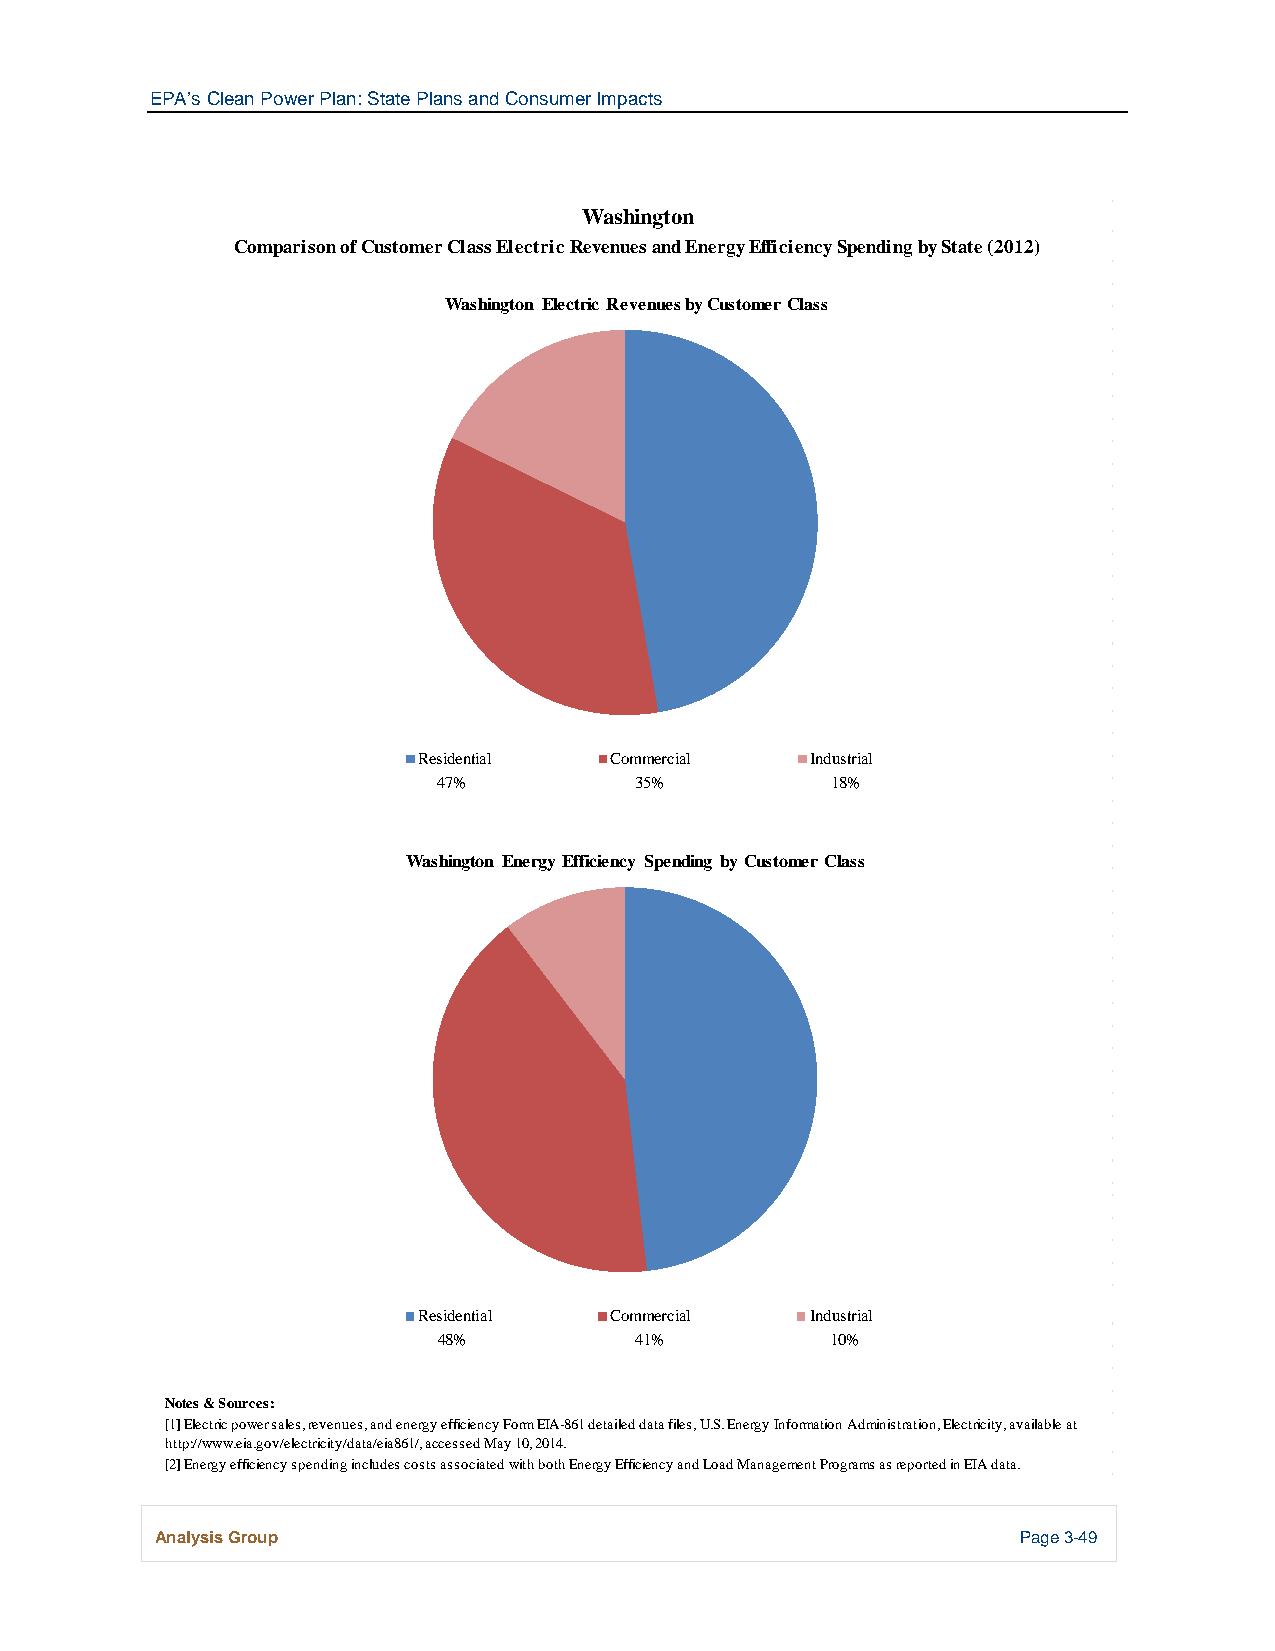
EPA’s Clean Power Plan: State Plans and Consumer Impacts
 Washington
 Comparison of Customer Class Electric Revenues and Energy Efficiency Spending by State (2012)
 Washington Electric Revenues by Customer Class
 Residential Commercial    Industrial
 47%          35%          18%
 Washington Energy Efficiency Spending by Customer Class
 Residential Commercial    Industrial
 48%          41%          10%
 Notes & Sources:
 [1] Electric power sales, revenues, and energy efficiency Form EIA-861 detailed data files, U.S. Energy Information Administration, Electricity, available at
 http://www.eia.gov/electricity/data/eia861/, accessed May 10, 2014.
 [2] Energy efficiency spending includes costs associated with both Energy Efficiency and Load Management Programs as reported in EIA data.
 Analysis Group                                            Page 3-49